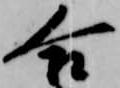
合